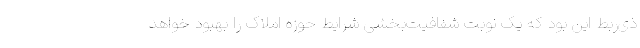
ذی‌ربط این بود که یک نوبت شفافیت‌بخشی شرایط حوزه املاک را بهبود خواهد